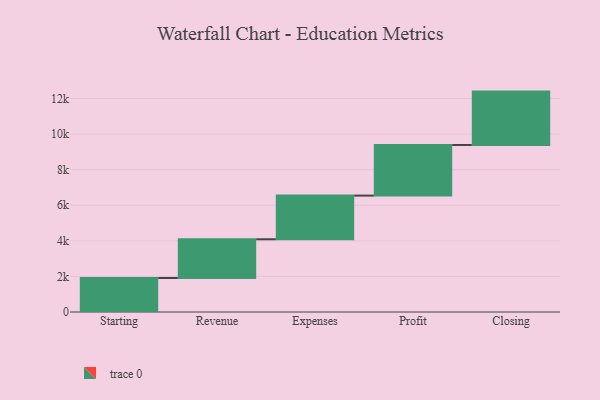
{"axis": {"x": "Step", "y": "Value"}, "legend": [""], "data": [{"x": "Starting", "y": 1910.0, "type": ""}, {"x": "Revenue", "y": 2179.0, "type": ""}, {"x": "Expenses", "y": 2454.0, "type": ""}, {"x": "Profit", "y": 2847.0, "type": ""}, {"x": "Closing", "y": 3000, "type": ""}]}